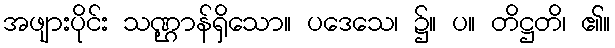
အဖျားပိုင်း သဏ္ဌာန်ရှိသော။ ပဒေသေ၊ ၌။ ပ။ တိဋ္ဌတိ၊ ၏။